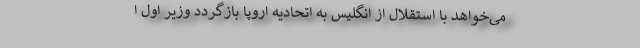
می‌خواهد با استقلال از انگلیس به اتحادیه اروپا بازگردد وزیر اول ا